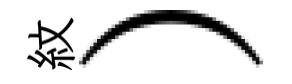
紋）